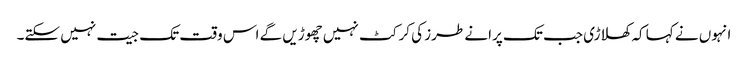
انہوں نے کہا کہ کھلاڑی جب تک پرانے طرز کی کرکٹ نہیں چھوڑیں گے اس وقت تک جیت نہیں سکتے۔